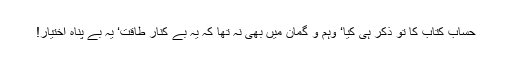
حساب کتاب کا تو ذکر ہی کیا‘ وہم و گمان میں بھی نہ تھا کہ یہ بے کنار طاقت‘ یہ بے پناہ اختیار!